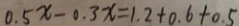
0 . 5 x - 0 . 3 x = 1 . 2 + 0 . 6 + 0 . 5